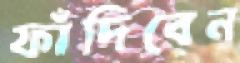
ফাঁদিবেন